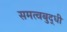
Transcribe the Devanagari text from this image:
समत्वबुद्धी